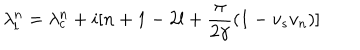
LaTeX: \lambda _ { l } ^ { n } = \lambda _ { c } ^ { n } + i [ n + 1 - 2 l + \frac { \pi } { 2 \gamma } ( 1 - v _ { s } v _ { n } ) ]